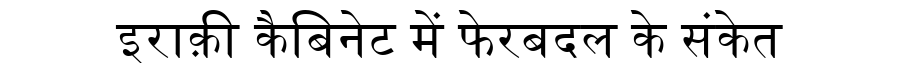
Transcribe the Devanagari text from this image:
इराक़ी कैबिनेट में फेरबदल के संकेत